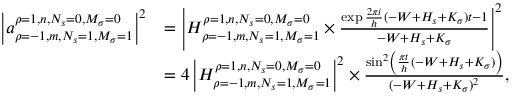
{ \begin{array} { r l } { \left| a _ { \rho = - 1 , m , N _ { s } = 1 , M _ { \sigma } = 1 } ^ { \rho = 1 , n , N _ { s } = 0 , M _ { \sigma } = 0 } \right| ^ { 2 } } & { = \left| H _ { \rho = - 1 , m , N _ { s } = 1 , M _ { \sigma } = 1 } ^ { \rho = 1 , n , N _ { s } = 0 , M _ { \sigma } = 0 } \times { \frac { \exp { { \frac { 2 \pi i } { h } } ( - W + H _ { s } + K _ { \sigma } ) t } - 1 } { - W + H _ { s } + K _ { \sigma } } } \right| ^ { 2 } } \\ & { = 4 \left| H _ { \rho = - 1 , m , N _ { s } = 1 , M _ { \sigma } = 1 } ^ { \rho = 1 , n , N _ { s } = 0 , M _ { \sigma } = 0 } \right| ^ { 2 } \times { \frac { \sin ^ { 2 } \left( { \frac { \pi t } { h } } ( - W + H _ { s } + K _ { \sigma } ) \right) } { ( - W + H _ { s } + K _ { \sigma } ) ^ { 2 } } } , } \end{array} }